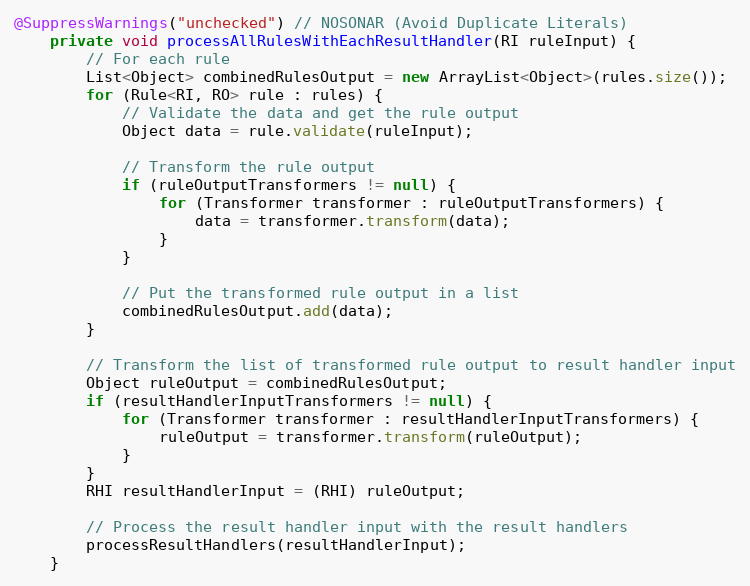
Language: Java
@SuppressWarnings("unchecked") // NOSONAR (Avoid Duplicate Literals)
    private void processAllRulesWithEachResultHandler(RI ruleInput) {
        // For each rule
        List<Object> combinedRulesOutput = new ArrayList<Object>(rules.size());
        for (Rule<RI, RO> rule : rules) {
            // Validate the data and get the rule output
            Object data = rule.validate(ruleInput);

            // Transform the rule output
            if (ruleOutputTransformers != null) {
                for (Transformer transformer : ruleOutputTransformers) {
                    data = transformer.transform(data);
                }
            }

            // Put the transformed rule output in a list
            combinedRulesOutput.add(data);
        }

        // Transform the list of transformed rule output to result handler input
        Object ruleOutput = combinedRulesOutput;
        if (resultHandlerInputTransformers != null) {
            for (Transformer transformer : resultHandlerInputTransformers) {
                ruleOutput = transformer.transform(ruleOutput);
            }
        }
        RHI resultHandlerInput = (RHI) ruleOutput;

        // Process the result handler input with the result handlers
        processResultHandlers(resultHandlerInput);
    }